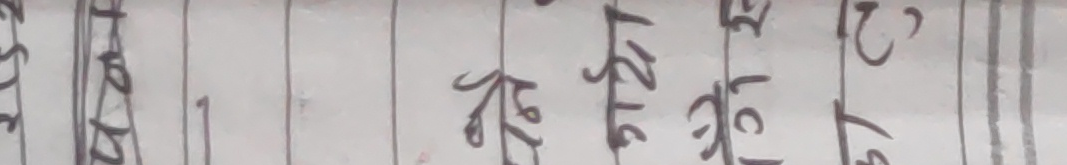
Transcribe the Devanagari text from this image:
हस्ताक्षर